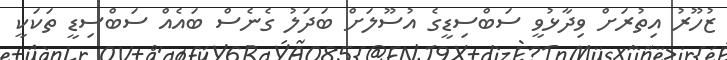
ޒުހޫރު އިތުރަށް ވިދާޅުވީ ސަބްސިޑީގެ އުސޫލަށް ބަދަލު ގެނެސް ބައެއް ސަބްސިޑީ ތަކަކީ